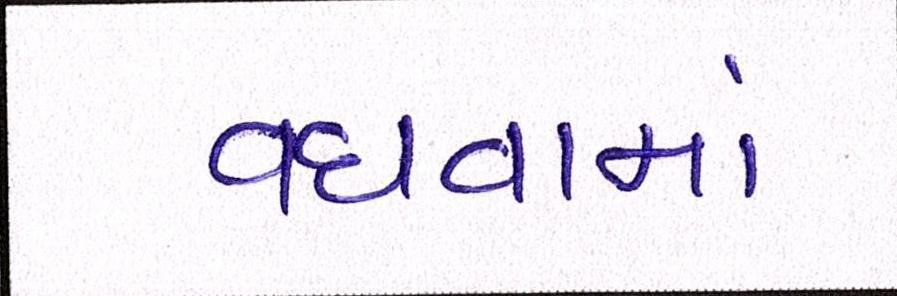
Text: વધવામાં